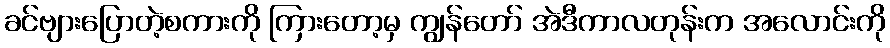
ခင်ဗျားပြောတဲ့စကားကို ကြားတော့မှ ကျွန်တော် အဲဒီကာလတုန်းက အလောင်းကို